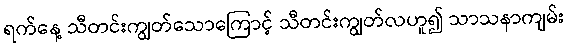
ရက်နေ့ သီတင်းကျွတ်သောကြောင့် သီတင်းကျွတ်လဟူ၍ သာသနာကျမ်း